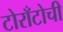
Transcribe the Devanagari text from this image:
टोराँटोची